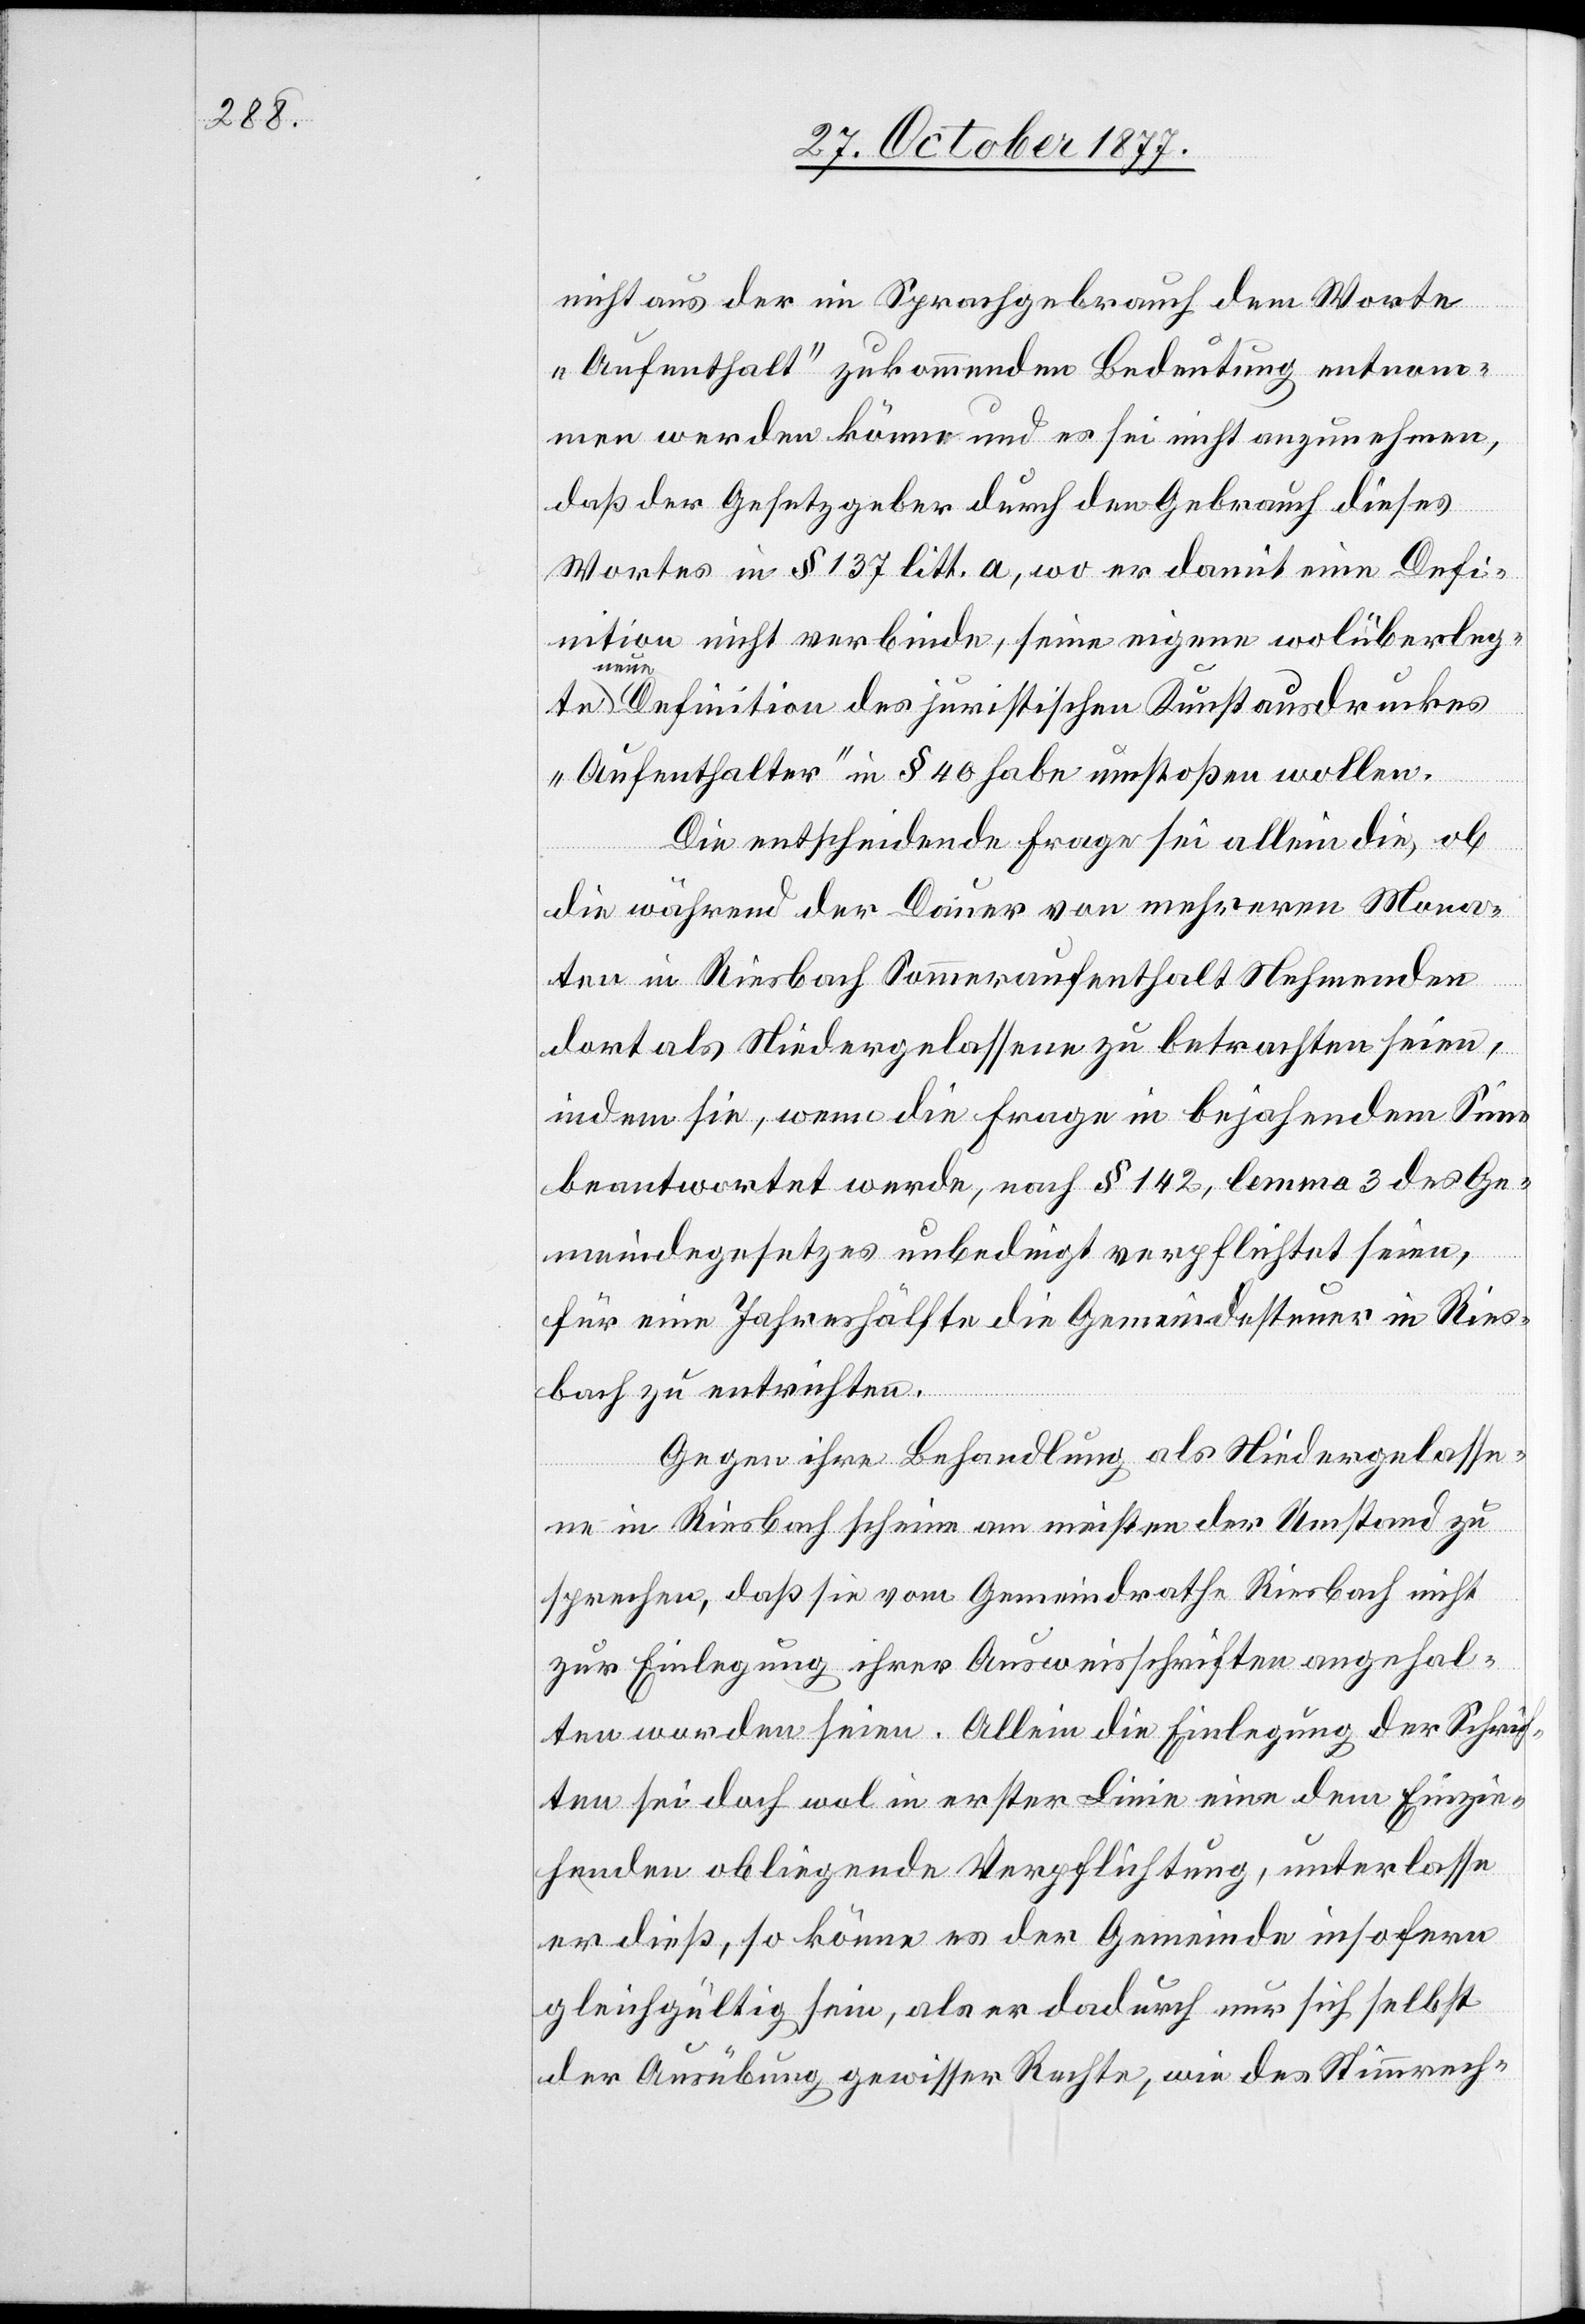
nicht aus der im Sprachgebrauch dem Worte
„Aufenthalt“ zukommenden Bedeutung entnom¬
men werden könne und es sei nicht anzunehmen,
daß der Gesetzgeber durch den Gebrauch dieses
Wortes in § 137 litt. a, wo er damit eine Defi¬
nition nicht verbinde, seine eigene wolüberlegte
neu¬
e Definition des juristischen Kunstausdruckes
„Aufenthalter“ in § 40 habe umstoßen wollen.
Die entscheidende Frage sei allein die, ob
die während der Dauer von mehreren Mona¬
ten in Riesbach Sommeraufenthalt Nehmenden
dort als Niedergelassene zu betrachten seien,
indem sie, wenn die Frage in bejahendem Sinne
beantwortet werde, nach § 142, lemma 3 des Ge¬
meindegesetzes unbedingt verpflichtet seien,
für eine Jahreshälfte die Gemeindesteuer in Ries¬
bach zu entrichten.
Gegen ihre Behandlung als Niedergelasse¬
ne in Riesbach scheine am meisten der Umstand zu
sprechen, daß sie vom Gemeindrathe Riesbach nicht
zur Einlegung ihrer Ausweisschriften angehal¬
ten worden seien. Allein die Einlegung der Schrif¬
ten sei doch wol in erster Linie eine dem Einzie¬
henden obliegende Verpflichtung, unterlasse
er dieß, so könne es der Gemeinde insofern
gleichgültig sein, als er dadurch nur sich selbst
der Ausübung gewisser Rechte, wie des Stimmrech-